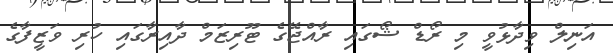
އަނިލް ވިދާޅުވީ މި ރޯޑް ޝޯގައި ރާއްޖޭގެ ޓޫރިޒަމް ދާއިރާގައި ހުރި ވަޒީފާގެ